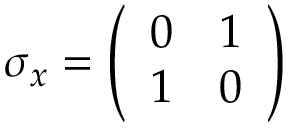
\sigma _ { x } = { \left( \begin{array} { l l } { 0 } & { 1 } \\ { 1 } & { 0 } \end{array} \right) }